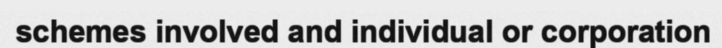
schemes involved and individual or corporation